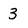
Character: 3